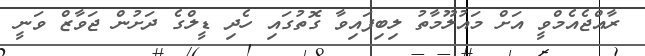
ރާއްޖެއެމްވީ އަށް މައުލޫމާތު ލިބިފައިވާ ގޮތުގައި ހެދި ޑީލްގެ ދަށުން ޖަވާޒް ވަނީ